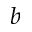
b